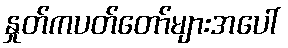
နှုတ်ကပတ်တော်များအပေါ်